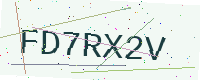
Text: FD7RX2V